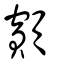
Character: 顮